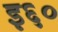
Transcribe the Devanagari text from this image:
इ६०